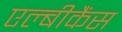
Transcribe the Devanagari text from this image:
एल्‍बीकैंस